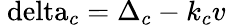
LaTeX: {\mathrm{{\ delta}}_{c}}={\Delta_{c}}-{k_{c}}v